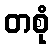
တစုံ